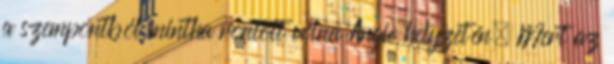
a szempontból mintha rontott volna Angie helyzetén. Mert az